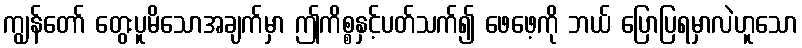
ကျွန်တော် တွေးပူမိသောအချက်မှာ ဤကိစ္စနှင့်ပတ်သက်၍ ဖေဖေ့ကို ဘယ် ပြောပြရမှာလဲဟူသော